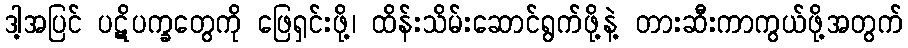
ဒါ့အပြင် ပဋိပက္ခတွေကို ဖြေရှင်းဖို့၊ ထိန်းသိမ်းဆောင်ရွက်ဖို့နဲ့ တားဆီးကာကွယ်ဖို့အတွက်